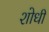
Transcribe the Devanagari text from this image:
शोधी